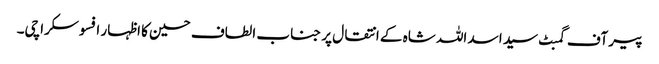
پیر آف گمبٹ سید اسد اللہ شاہ کے انتقال پر جناب الطاف حسین کا اظہار افسوسکراچی۔